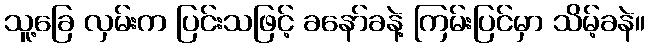
သူ့ခြေ လှမ်းက ပြင်းသဖြင့် ခနော်ခနဲ့ ကြမ်းပြင်မှာ သိမ့်ခနဲ။